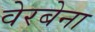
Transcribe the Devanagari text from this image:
वेरबेना